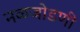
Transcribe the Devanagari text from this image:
नळजोडणी